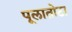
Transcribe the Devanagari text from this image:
पूलातोटा